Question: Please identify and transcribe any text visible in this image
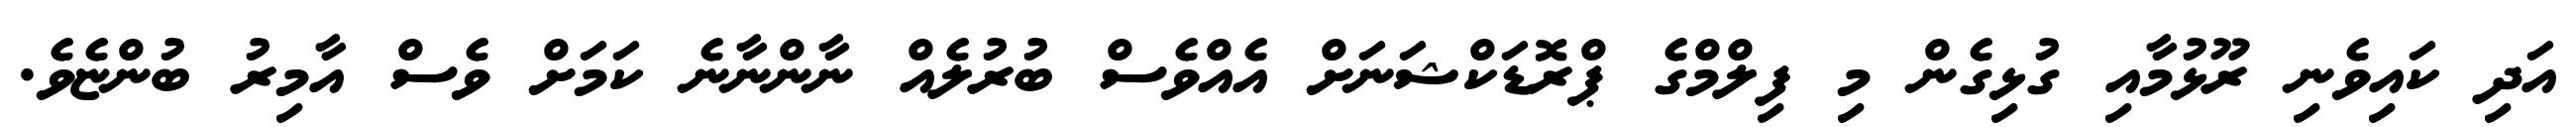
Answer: އަދި ކައިވެނި ރޫޅުމާއި ގުޅިގެން މި ފިލްމްގެ ޕްރޮޑަކްޝަނަށް އެއްވެސް ބުރުލެއް ނާންނާނެ ކަމަށް ވެސް އާމިރު ބުންޏެވެ.